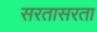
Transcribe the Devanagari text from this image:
सरतासरता